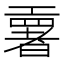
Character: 𫶳